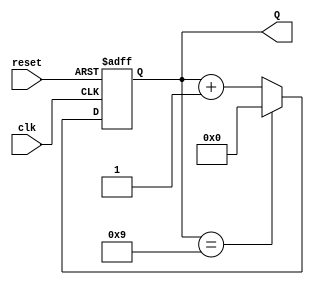
module decade_counter (
    input wire clk,          // Clock input
    input wire reset,        // Asynchronous reset input
    output reg [3:0] Q       // 4-bit output for count value
);

// Always block triggered on the rising edge of the clock or the reset signal
always @(posedge clk or posedge reset) begin
    if (reset) begin
        // Asynchronous reset: set count to 0
        Q <= 4'b0000;
    end else begin
        // Increment the count
        if (Q == 4'b1001) begin
            // If count reaches 9 (1001), reset to 0
            Q <= 4'b0000;
        end else begin
            // Otherwise increment the count
            Q <= Q + 1;
        end
    end
end

endmodule